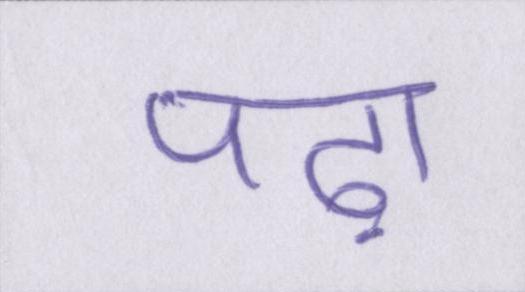
पढ़ा